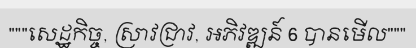
"""សេដ្ឋកិច្ច, ស្រាវជ្រាវ, អភិវឌ្ឍន៍ 6 បានមើល"""